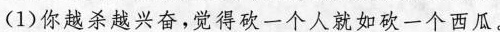
(1)你越杀越兴奋，觉得砍一个人就如砍一个西瓜。